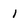
Character: l